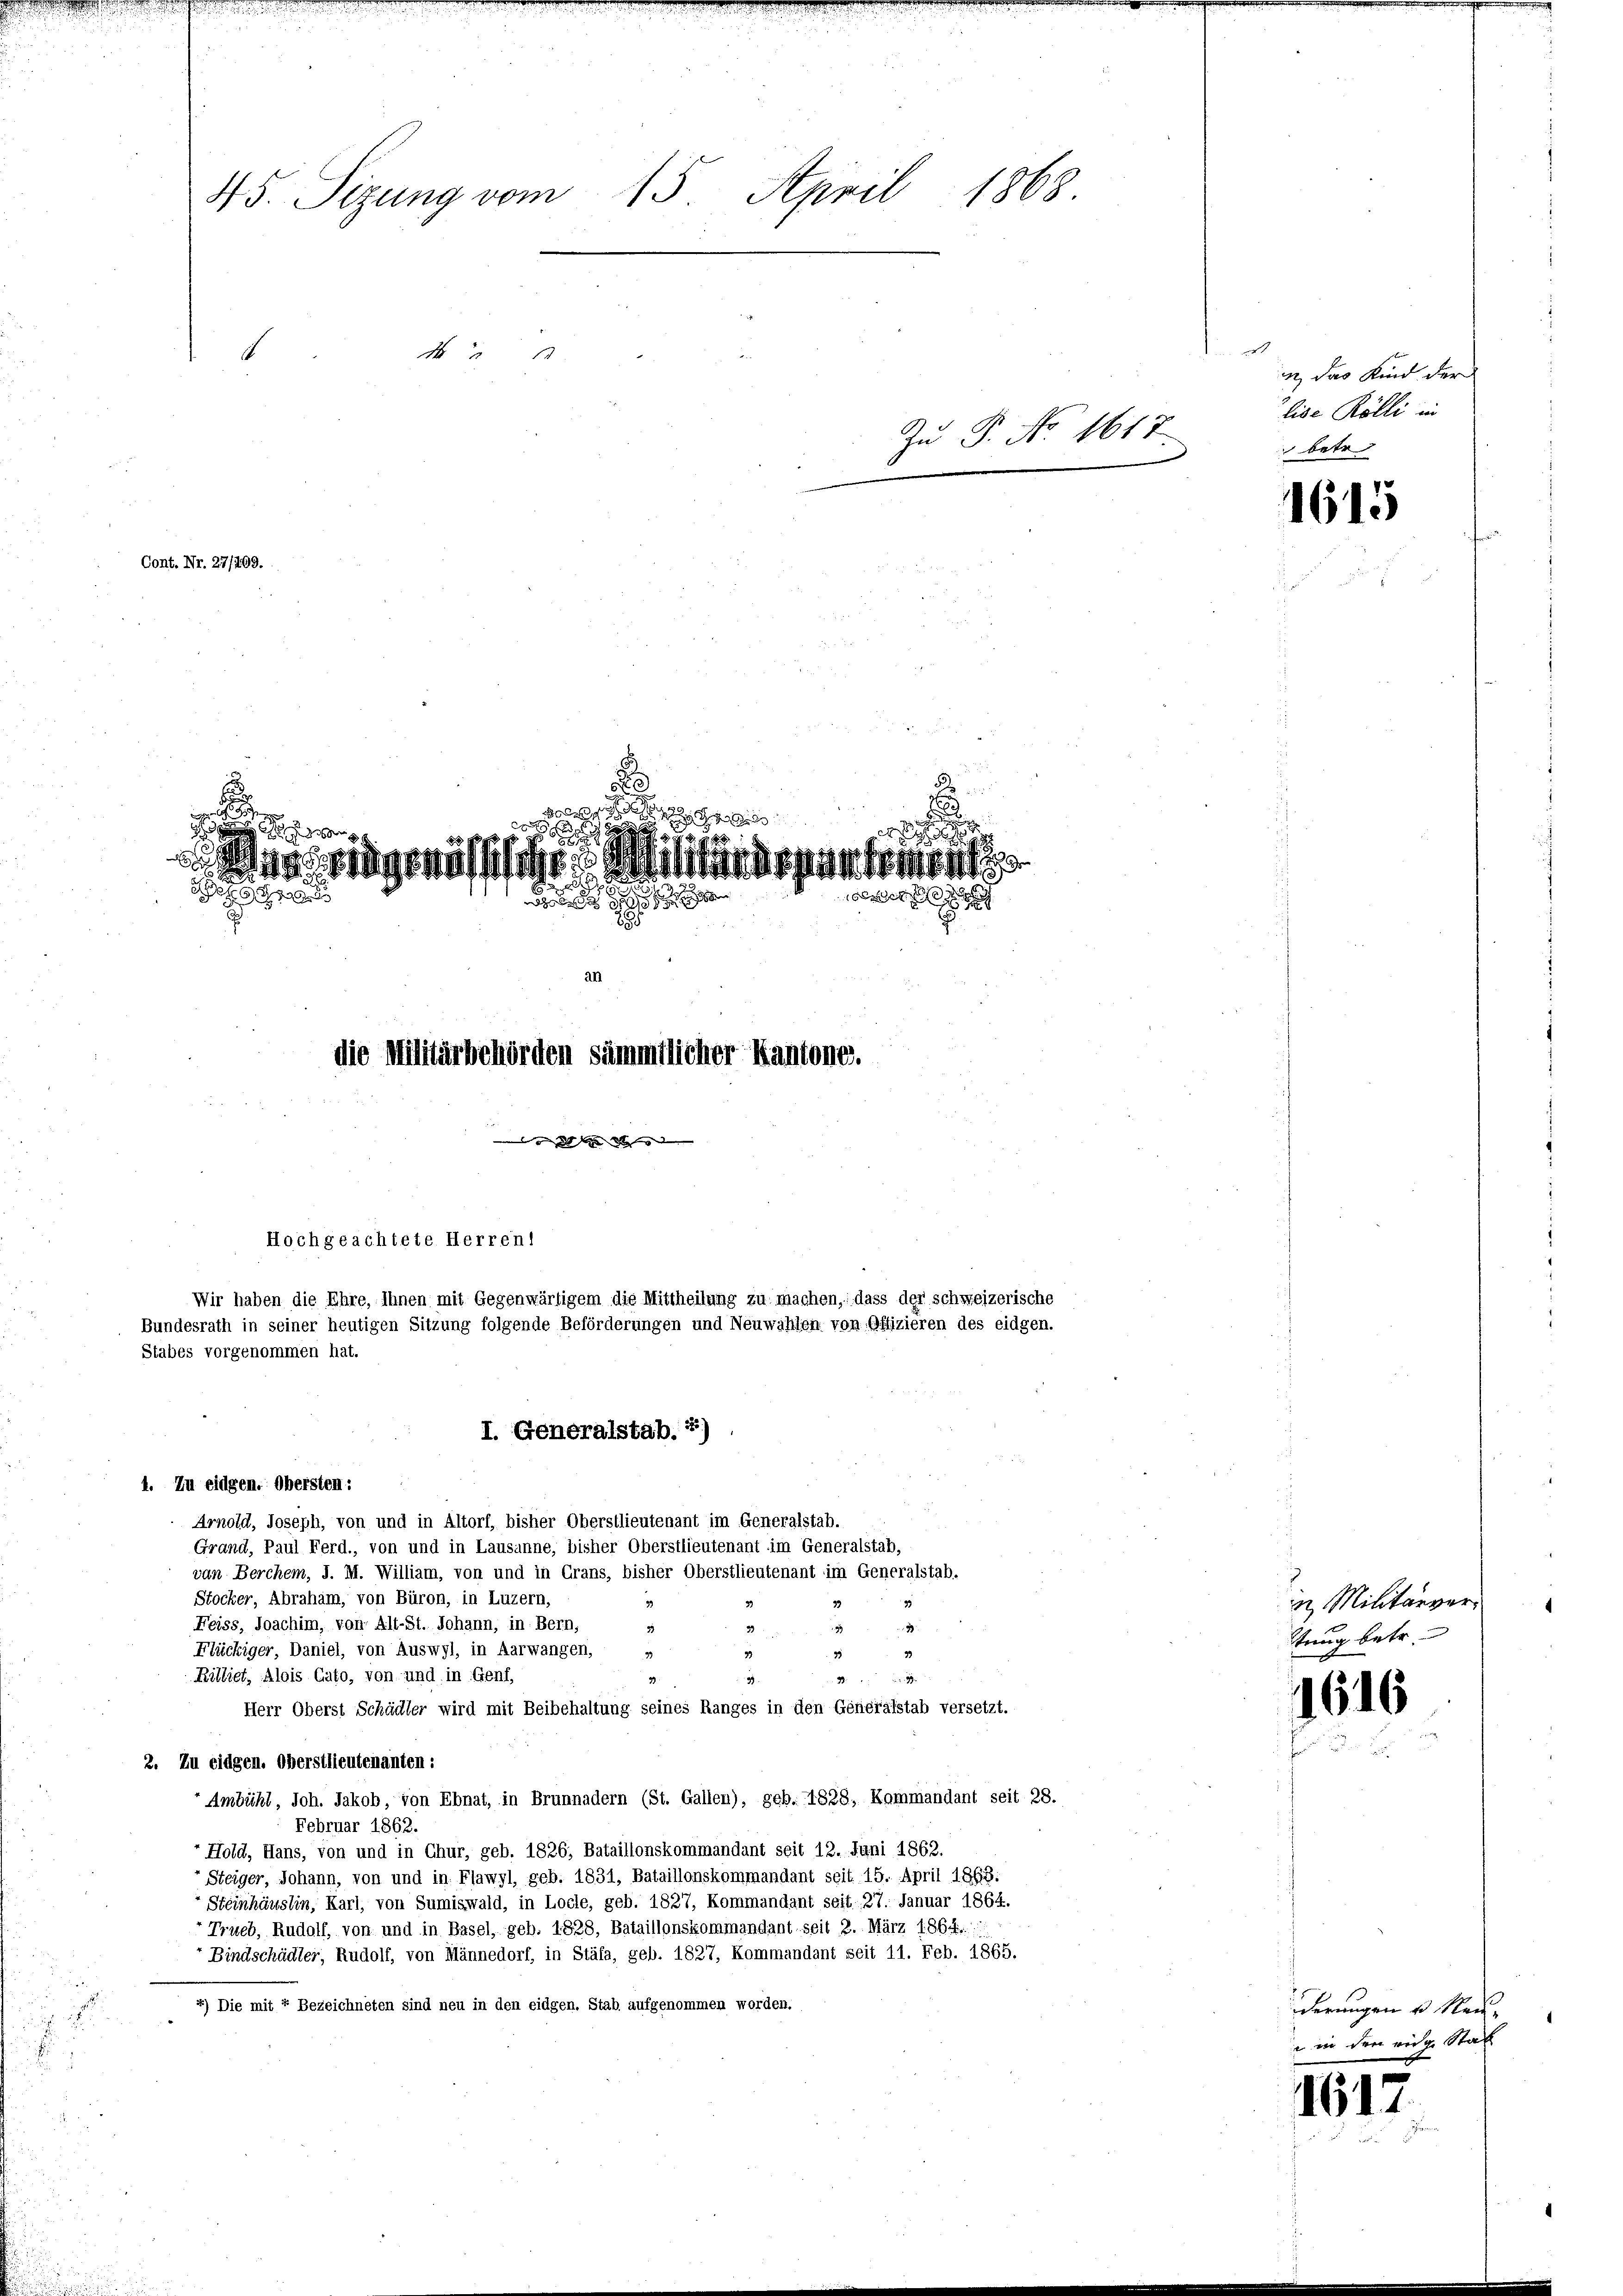
i

45. Sizung vom 15. April 1868.
1

Cont. Nr. 27/409.

n
insgenössische

12
Militärärpütt Kenntn
x

l
an
die Militärbehörden sämmtlicher Kantone.

Hochgeachtete Herrenl
Wir haben die Ehre, Ihnen mit Gegenwärtigem die Mittheilung zu machen, dass der schweizerische
Bundesrath in seiner heutigen Sitzung folgende Beförderungen und Neuwahlen von Offizieren des eidgen
Stabes vorgenommen hat.
I. Generalstab. 2)

1. Zu eidgen. Obersten:
Arnold, Joseph, von und in Altorf, bisher Oberstlieutenant im Generalstab.
Grand, Paul Ferd., von und in Lausanne, bisher Oberstlieutenant im Generalstab,
von Berchem, J. M. William, von und in Grans, bisher Oberstlieutenant im Generalstab.
Stocker, Abraham, von Büron, in Luzern,
Feiss, Joachim, von Alt-St. Johann, in Bern,
33
199
2
Flückiger, Daniel, von Auswyl, in Aarwangen,
33
39
Billiet, Alois Cato, von und in Genf.
99
59.
2
33.
Herr Oberst Schädler wird mit Beibehaltung seines Ranges in den Generalstab versetzt.
2. Zu eidgen. Oberstlieutenanten :
Ambühl, Joh. Jakob, von Ebnat, in Brunnadern (St. Gallen), geb. 1828, Kommandant seit 28.
Februar 1862.
Hold, Hans, von und in Chur, geb. 1826, Bataillonskommandant seit 12. Juni 1862.
Steiger, Johann, von und in Flawyl, geb. 1831, Bataillonskommandant seit 15. April 1863.
Steinhäuslin, Karl, von Sumiswald, in Locle, geb. 1827, Kommandant seit 27. Januar 1864.
Trieb, Rudolf, von und in Basel, geb. 1828, Bataillonskommandant seit 2. März 1864.
Bindschädler, Rudolf, von Männedorf, in Stäfa, geb. 1827, Kommandant seit 11. Feb. 1865.
4) Die mit 7 Bezeichneten sind neu in den eidgen. Stab aufgenommen worden.

Zu P. No. 1617

.
n das Kind der
lise Rölli in
betr

1615

n. Militärver
stung betr.

1616

derungen u. Neu¬
 in den eige Stat

1617